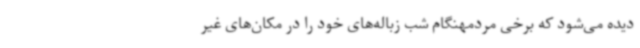
دیده می‌شود که برخی مردمهنگام شب زباله‌های خود را در مکان‌های غیر